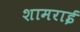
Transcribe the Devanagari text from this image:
शामराई